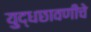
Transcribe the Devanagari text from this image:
युद्धछावणीचे